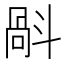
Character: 𣂄